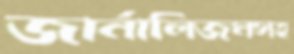
জার্নালিজমসহ